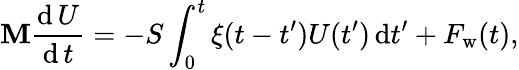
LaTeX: \mathbf{M}\frac{{\mathrm{{d}}\, U}}{{\mathrm{{d}}\, t}}=-S\int_{0}^{t}\xi(t-t^{\prime})U(t^{\prime})\, \mathrm{{d}}t^{\prime}+F_{\mathrm{{w}}}(t),